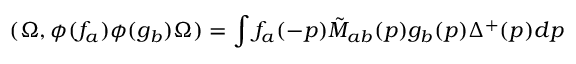
( \Omega , \phi ( f _ { a } ) \phi ( g _ { b } ) \Omega ) = \int f _ { a } ( - p ) \tilde { M } _ { a b } ( p ) g _ { b } ( p ) \Delta ^ { + } ( p ) d p